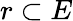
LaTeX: r\subset E